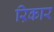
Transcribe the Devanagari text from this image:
ऱिकार